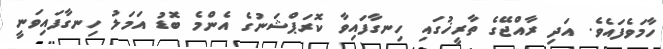
ހާމަވެފައެވެ. އަދި ރާއްޖޭގެ ތާރީޚުގައި ހިނގާފައިވާ ކޮރަޕްޝަނުގެ އެންމެ ބޮޑު އަމަލު ހިނގާފައިވަނީ